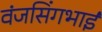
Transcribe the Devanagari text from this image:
वंजसिंगभाई